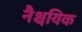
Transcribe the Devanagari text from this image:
नैश्चयिक